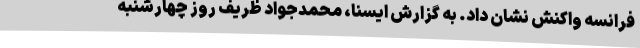
فرانسه واکنش نشان داد. به گزارش ایسنا، محمدجواد ظریف روز چهارشنبه